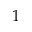
1